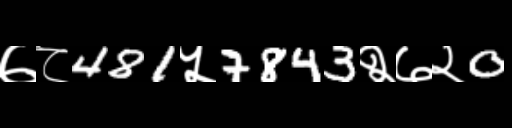
Text: ७८481५7843२७२0